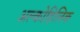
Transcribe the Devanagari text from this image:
अल्कोहिलिक